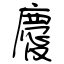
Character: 慶